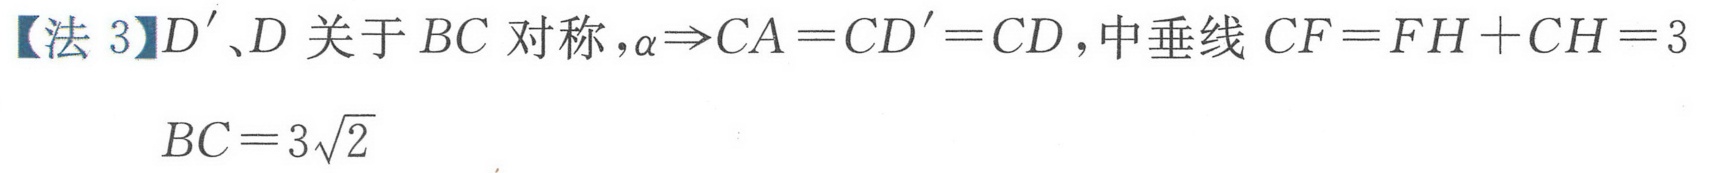
【法 3】\(D^{\prime}、D\) 关于 \(BC\) 对称，\(\alpha\Rightarrow CA = CD^{\prime}=CD\)，中垂线 \(CF = FH + CH = 3\)
\(BC = 3\sqrt{2}\)